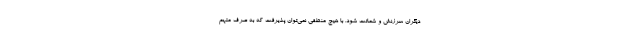
دیگران سرزنش و شماتت شود. با هیچ منطقی نمی‌توان پذیرفت که به صرف متهم